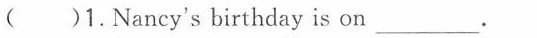
()1.Nancy's birthday is on ___.